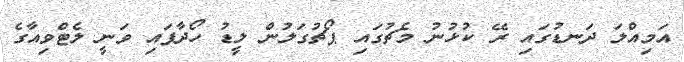
އަމިއްލަ ދަނޑުގައި ރޭ ކުޅުނު މެޗުގައި ޕޯޗުގަލުން ލީޑު ހޯދާފައި ވަނީ ލެޓްވިއާގެ